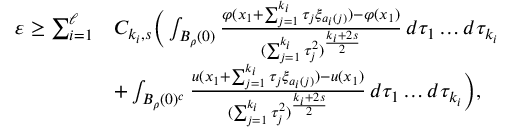
\begin{array} { r l } { \varepsilon \ge \sum _ { i = 1 } ^ { \ell } } & { C _ { k _ { i } , s } \Big ( \int _ { B _ { \rho } ( 0 ) } \frac { \varphi ( x _ { 1 } + \sum _ { j = 1 } ^ { k _ { i } } \tau _ { j } \xi _ { a _ { i } ( j ) } ) - \varphi ( x _ { 1 } ) } { ( \sum _ { j = 1 } ^ { k _ { i } } \tau _ { j } ^ { 2 } ) ^ { \frac { k _ { i } + 2 s } { 2 } } } \, d \tau _ { 1 } \dots d \tau _ { k _ { i } } } \\ & { + \int _ { B _ { \rho } ( 0 ) ^ { c } } \frac { u ( x _ { 1 } + \sum _ { j = 1 } ^ { k _ { i } } \tau _ { j } \xi _ { a _ { i } ( j ) } ) - u ( x _ { 1 } ) } { ( \sum _ { j = 1 } ^ { k _ { i } } \tau _ { j } ^ { 2 } ) ^ { \frac { k _ { i } + 2 s } { 2 } } } \, d \tau _ { 1 } \dots d \tau _ { k _ { i } } \Big ) , } \end{array}